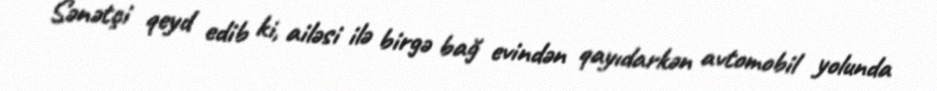
Sənətçi qeyd edib ki, ailəsi ilə birgə bağ evindən qayıdarkən avtomobil yolunda